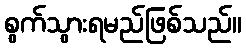
စွက်သွားရမည်ဖြစ်သည်။